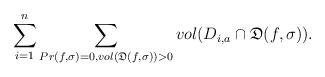
LaTeX: \begin{align*}\sum_{i=1}^n\sum_{Pr(f,\sigma)=0,vol(\mathfrak{D}(f,\sigma))>0}{{vol}(D_{i,a} \cap {\mathfrak{D}}(f,\sigma))}.\end{align*}